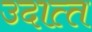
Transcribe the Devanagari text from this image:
उदात्‍त